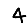
Digit: 4